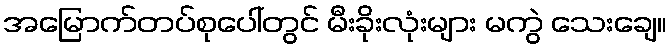
အမြောက်တပ်စုပေါ်တွင် မီးခိုးလုံးများ မကွဲ သေးချေ။